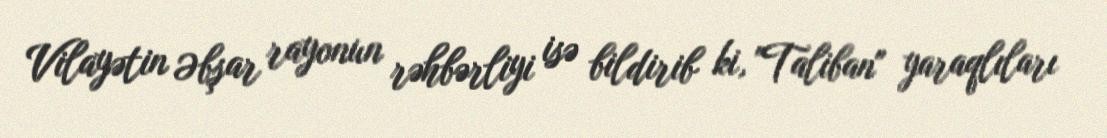
Vilayətin Əbşar rayonun rəhbərliyi isə bildirib ki, "Taliban" yaraqlıları